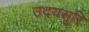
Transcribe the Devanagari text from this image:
उदयसूरि